Madras plague regulations and rules for district municipalities and other towns and villages
Disease focus: Plague
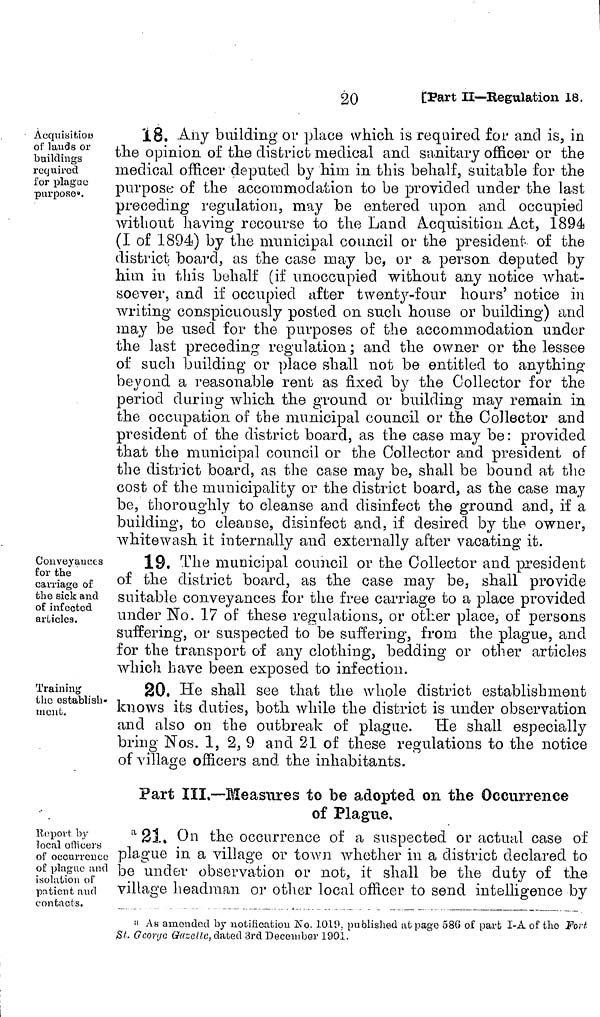
120
[Part II—Regulation 18.
Acquisition
of lands or
buildings
required
for plague
purpose».
18. Any building or place which, is required for and is, in
the opinion of the district medical and sanitary officer or the
medical officer deputed by him in this behalf, suitable for the
purpose of the accommodation to be provided under the last
preceding regulation, may be entered upon and occupied
without having recourse to the Land Acquisition Act, 1894
(I of 1894) by the municipal council or the president of the
district board, as the case may be, or a person deputed by
him in this behalf (if unoccupied without any notice what-
soever, and if occupied after twenty-four hours' notice in
writing conspicuously posted on such house or building) and
may be used for the purposes of the accommodation under
the last preceding regulation ; and the owner or the lessee
of such building or place shall not be entitled to anything
beyond a reasonable rent as fixed by the Collector for the
period during which the ground or building may remain in
the occupation of the municipal council or the Collector and
president of the district board, as the case may be: provided
that the municipal council or the Collector and president of
the district board, as the case may be, shall be bound at the
cost of the municipality or the district board, as the case may
be, thoroughly to cleanse and disinfect the ground and, if a
building, to cleanse, disinfect and, if desired by the owner,
Avhitewash it internally and externally after vacating it.
Conveyances
for the
carriage of
the sick and
of infected
articles.
19. The municipal council or the Collector and president
of the district board, as the case may be, shall provide
suitable conveyances for the free carriage to a place provided
under No. 17 of these regulations, or other place, of persons
suffering, or suspected to be suffering, from the plague, and
for the transport of any clothing, bedding or other articles
which have been exposed to infection.
Training
the establish-
ment.
20, He shall see that the whole district establishment
knows its duties, both while the district is under observation
and also on the outbreak of plague. He shall especially
bring Nos. 1, 2, 9 and 21 of these regulations to the notice
of village officers and the inhabitants.
Part III.—Measures to be adopted on the Occurrence
of Plague,
Report by
local officers
of occurrence
of plague and
isolation of
patient and
contacts.
21. On the occurrence of a suspected or actual case of
plague in a village or town whether in a district declared to
be under observation or not, it shall be the duty of the
village headman or other local officer to send intelligence by
"As amended by notification No. 1019, published at page 586 of part I-A. of the Fort
SI- Gcoryo Gazette, dated 3rd December 1901.